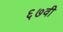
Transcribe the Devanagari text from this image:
६७वी